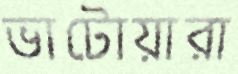
ভাটোয়ারা